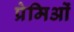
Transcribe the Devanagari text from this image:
प्रेमिओं